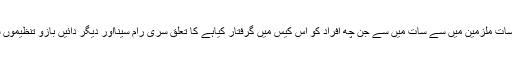
دکن ڈئجسٹ کی رپورٹ کے مطابق سات ملزمین میں سے سات میں سے جن چھ افراد کو اس کیس میں گرفتار کیاہے کا تعلق سری رام سینااور دیگر دائیں بازو تنظیموں سے جبکہ ایک ملزم فرار بتایاگیا ہے۔